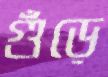
গুঁড়ে